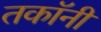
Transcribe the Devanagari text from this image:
तकॉनी